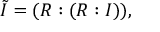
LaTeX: { \tilde { I } } = ( R : ( R : I ) ) ,